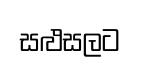
සළුසලට